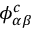
\phi _ { \alpha \beta } ^ { c }